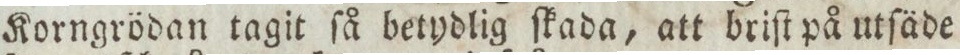
Korngrödan tagit ſå betydlig ſkada, att briſt på utſäde